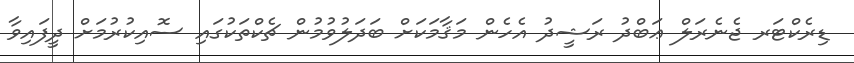
ޑިރެކްޓަރ ޖެނެރަލް ޢަބްދު ރަޝީދު އެހެން މަޤާމަކަށް ބަދަލުވުމުން ޗެކްތަކުގައި ސޮއިކުރުމަށް ދީފައިވާ